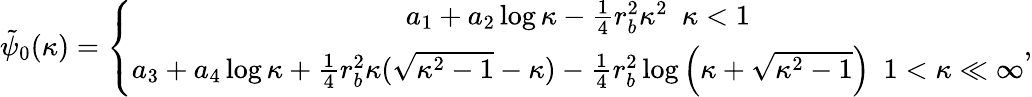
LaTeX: \begin{array}{r}{\tilde{\psi}_{0}(\kappa)=\left\{ \begin{array}{c}{a_{1}+a_{2}\log\kappa-\frac{1}{4}r_{b}^{2}\kappa^{2}~~\kappa<1}\\ {a_{3}+a_{4}\log\kappa+\frac{1}{4}r_{b}^{2}\kappa(\sqrt{\kappa^{2}-1}-\kappa)-\frac{1}{4}r_{b}^{2}\log\left(\kappa+\sqrt{\kappa^{2}-1}\right)~~1<\kappa\ll\infty}\end{array}\right.,}\end{array}